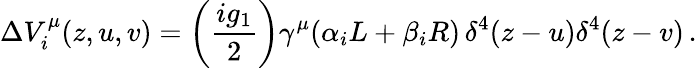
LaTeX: \Delta V_{i}^{\mu}(z,u,v)=\left(\frac{ig_{1}}{2}\right)\gamma^{\mu}(\alpha_{i}L+\beta_{i}R)\, \delta^{4}(z-u)\delta^{4}(z-v)\, .